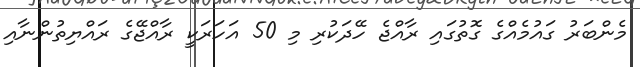
މެންބަރު ގައުމެއްގެ ގޮތުގައި ރާއްޖެ ހޭދަކުރި މި 50 އަހަރަކީ ރާއްޖޭގެ ރައްޔިތުންނާއި